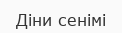
Діни сенімі